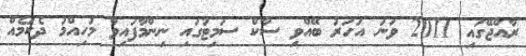
ރާއްޖޭގައި 2011 ވަނަ އަހަރު ބޭއްވި ސާކް ސަމިޓުގައި ނިންމާފައިވާ މުހިއްމު ދެކަމެއް